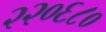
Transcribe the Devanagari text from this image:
२२०६८०